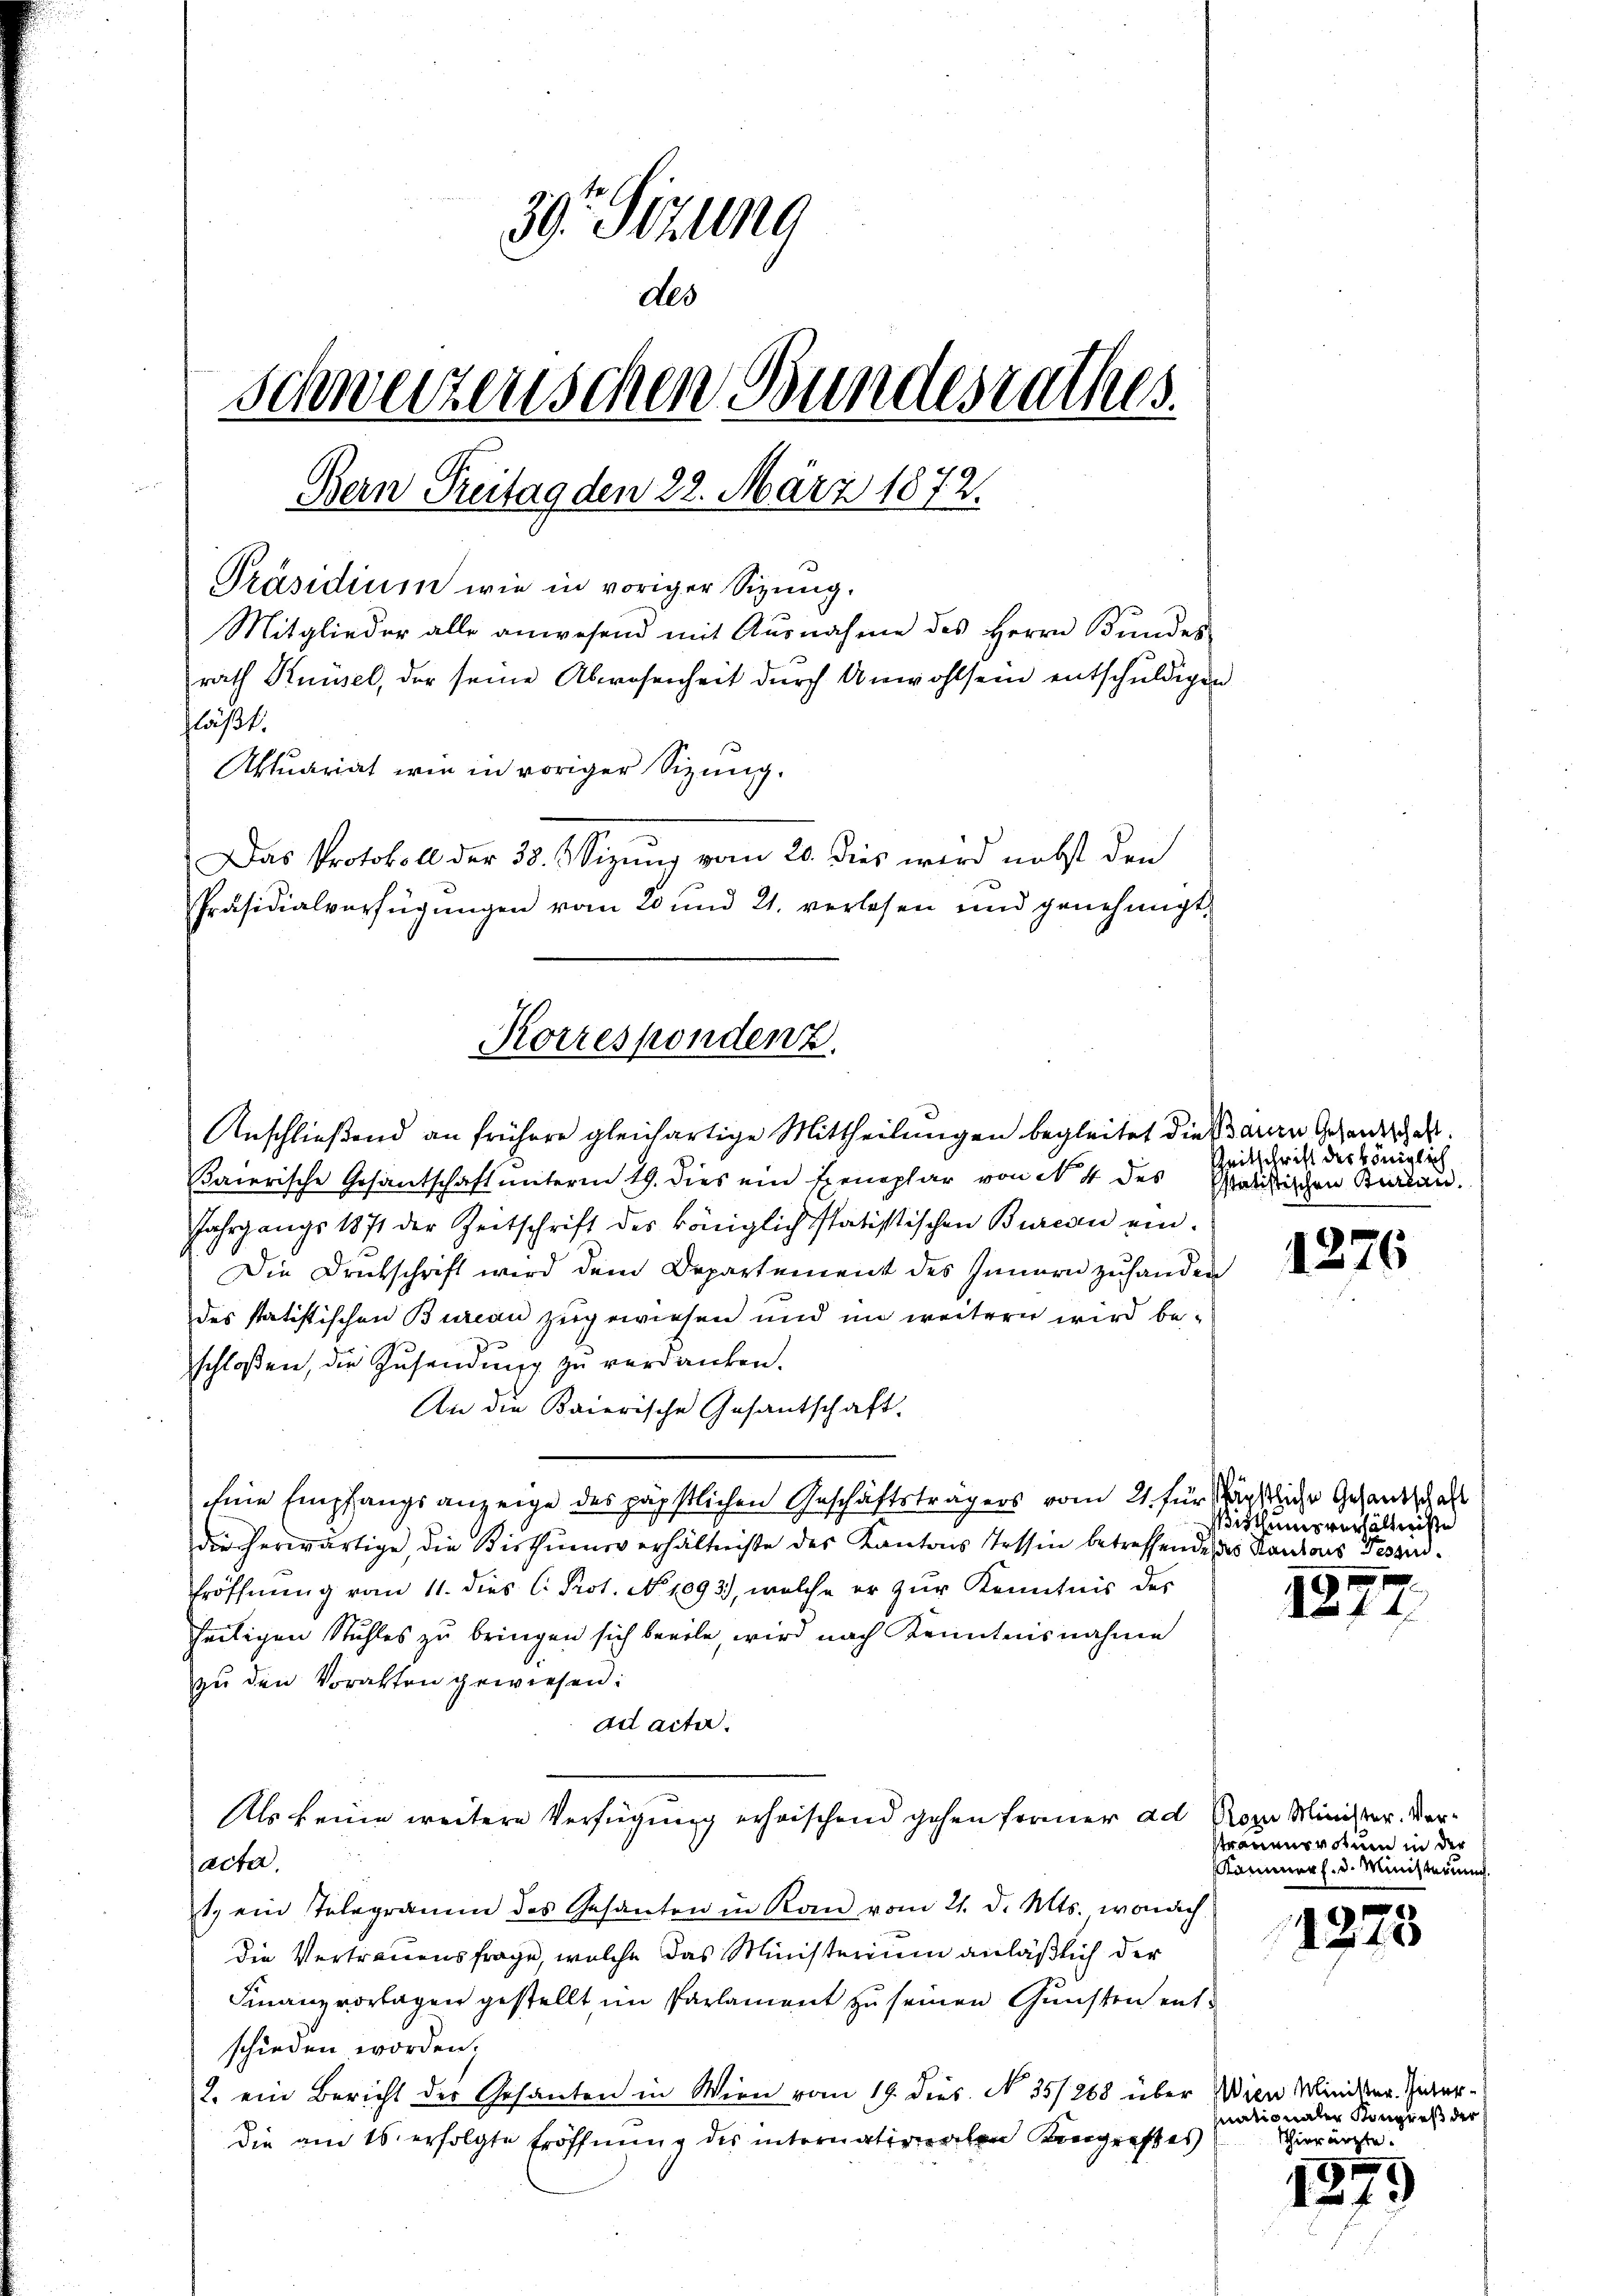
39. Sitzung
des
schweizerischen Bundesrathes.

Bern Preitag den 28. März 1872.
1
Präsidium wie in voriger Sizung.
Mitglieder alle anwesend mit Ausnahme des Herrn Bŭndes-
rath Knüsel, der seine Abwesenheit durch Unwohlsein entschuldigen
chläßt.
Aktuariat wie in voriger Sizung.
Das Protokoll der 38. Wizung vom 20. dies wird nebst den
Präsidialverfügungen vom 20 und 21. verlesen und genehmigt

Anschließend an frühere gleichartige Mittheilungen begleitet die Bauen Gesandtschaft
Baierische Gesantschaft unterm 29. dies ein Exemplar von N. 4 des Politischen Kurian.
Jahrgangs 1871 der Zeitschrift des königlich statistischen Bureau ein¬
Die Druckschrift wird dem Departement des Innern zuhanden
des statistischen Bureau zugewiesen und im weitern wird beschloßen, die Zusendung zu verdanken.
An die Baierische Gesantschaft.
Eine Empfangsanzeige des päpstlichen Geschäftsträgers vom 21. für ächtliche Gesandschaft
dir herwärtige, die Bisthumsverhältniße des Kantons Tessin betreffende des Kantons Tessird¬
Eröffnung vom 11. dies C. Prot. No 1093), welche er zur Kenntnis des
heiligen Stuhles zu bringen sich beeile, wird nach Kenntnisnahme
zu den Voralten gewiesen:
ad acta.
Als keine weitere Verfügung erheischend gehen former ad Roza Minister. Versacter,
1. ein Telegramm des Gesanten in Kan vom 21. d. Mts., wonach
die Vertrauensfrage, welche das Ministerium anläßlich der
Finanzvorlagen gestellt im Parlament zu seinen Gunsten entschieden worden;
2. ein Bericht der Gesanten in Wien vom 19. dies. No 35/268 über Wien Minister. Zierdie am 16. erfolgte Eröffnung des internationalen Regenst es

Korrespondenz

Zeitschrift des Königlich

1276

Bisthumsverhältniße

1
 f 1

Ptrauensvotum in der
Kammer h. d. Ministerung.

15

25

nationalen Kongreß der
Thierärzte.

1879